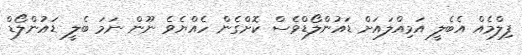
ފިލްމެއް އެބެލީ އަމިއްލައަށް ޑައުންލޯޑްވެސް ކޮށްގެން ހެއްޔެވެ ނޫން ނަމަ ބެލީ ޑައުންލޯޑް